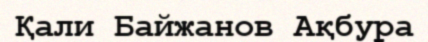
Қали Байжанов Ақбура